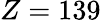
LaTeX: Z=139